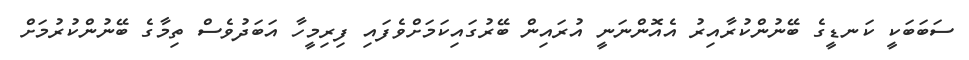
ސަބަބަކީ ކަނޑީގެ ބޭނުންކުރާއިރު އެއޮންނަނީ އުރައިން ބޭރުގައިކަމަށްވެފައި ފިރިމީހާ އަބަދުވެސް ތިމާގެ ބޭނުންކުރުމަށް